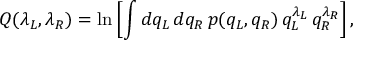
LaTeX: Q ( \lambda _ { L } , \lambda _ { R } ) = \ln \left[ \int d q _ { L } \, d q _ { R } \, p ( q _ { L } , q _ { R } ) \, q _ { L } ^ { \lambda _ { L } } \, q _ { R } ^ { \lambda _ { R } } \right] ,